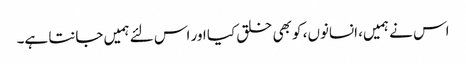
اس نے ہمیں، انسانوں، کو بھی خلق کیا اور اس لئے ہمیں جانتا ہے۔